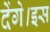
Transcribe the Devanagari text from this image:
देंगे।इस